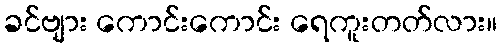
ခင်ဗျား ကောင်းကောင်း ရေကူးတတ်လား။